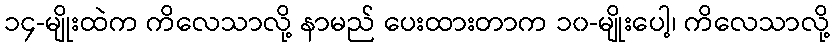
၁၄-မျိုးထဲက ကိလေသာလို့ နာမည် ပေးထားတာက ၁၀-မျိုးပေါ့၊ ကိလေသာလို့